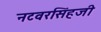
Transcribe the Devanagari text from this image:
नटवरसिंहजी